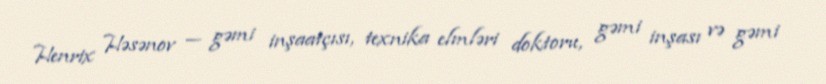
Henrix Həsənov — gəmi inşaatçısı, texnika elmləri doktoru, gəmi inşası və gəmi